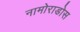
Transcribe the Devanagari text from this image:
नामोराडोस